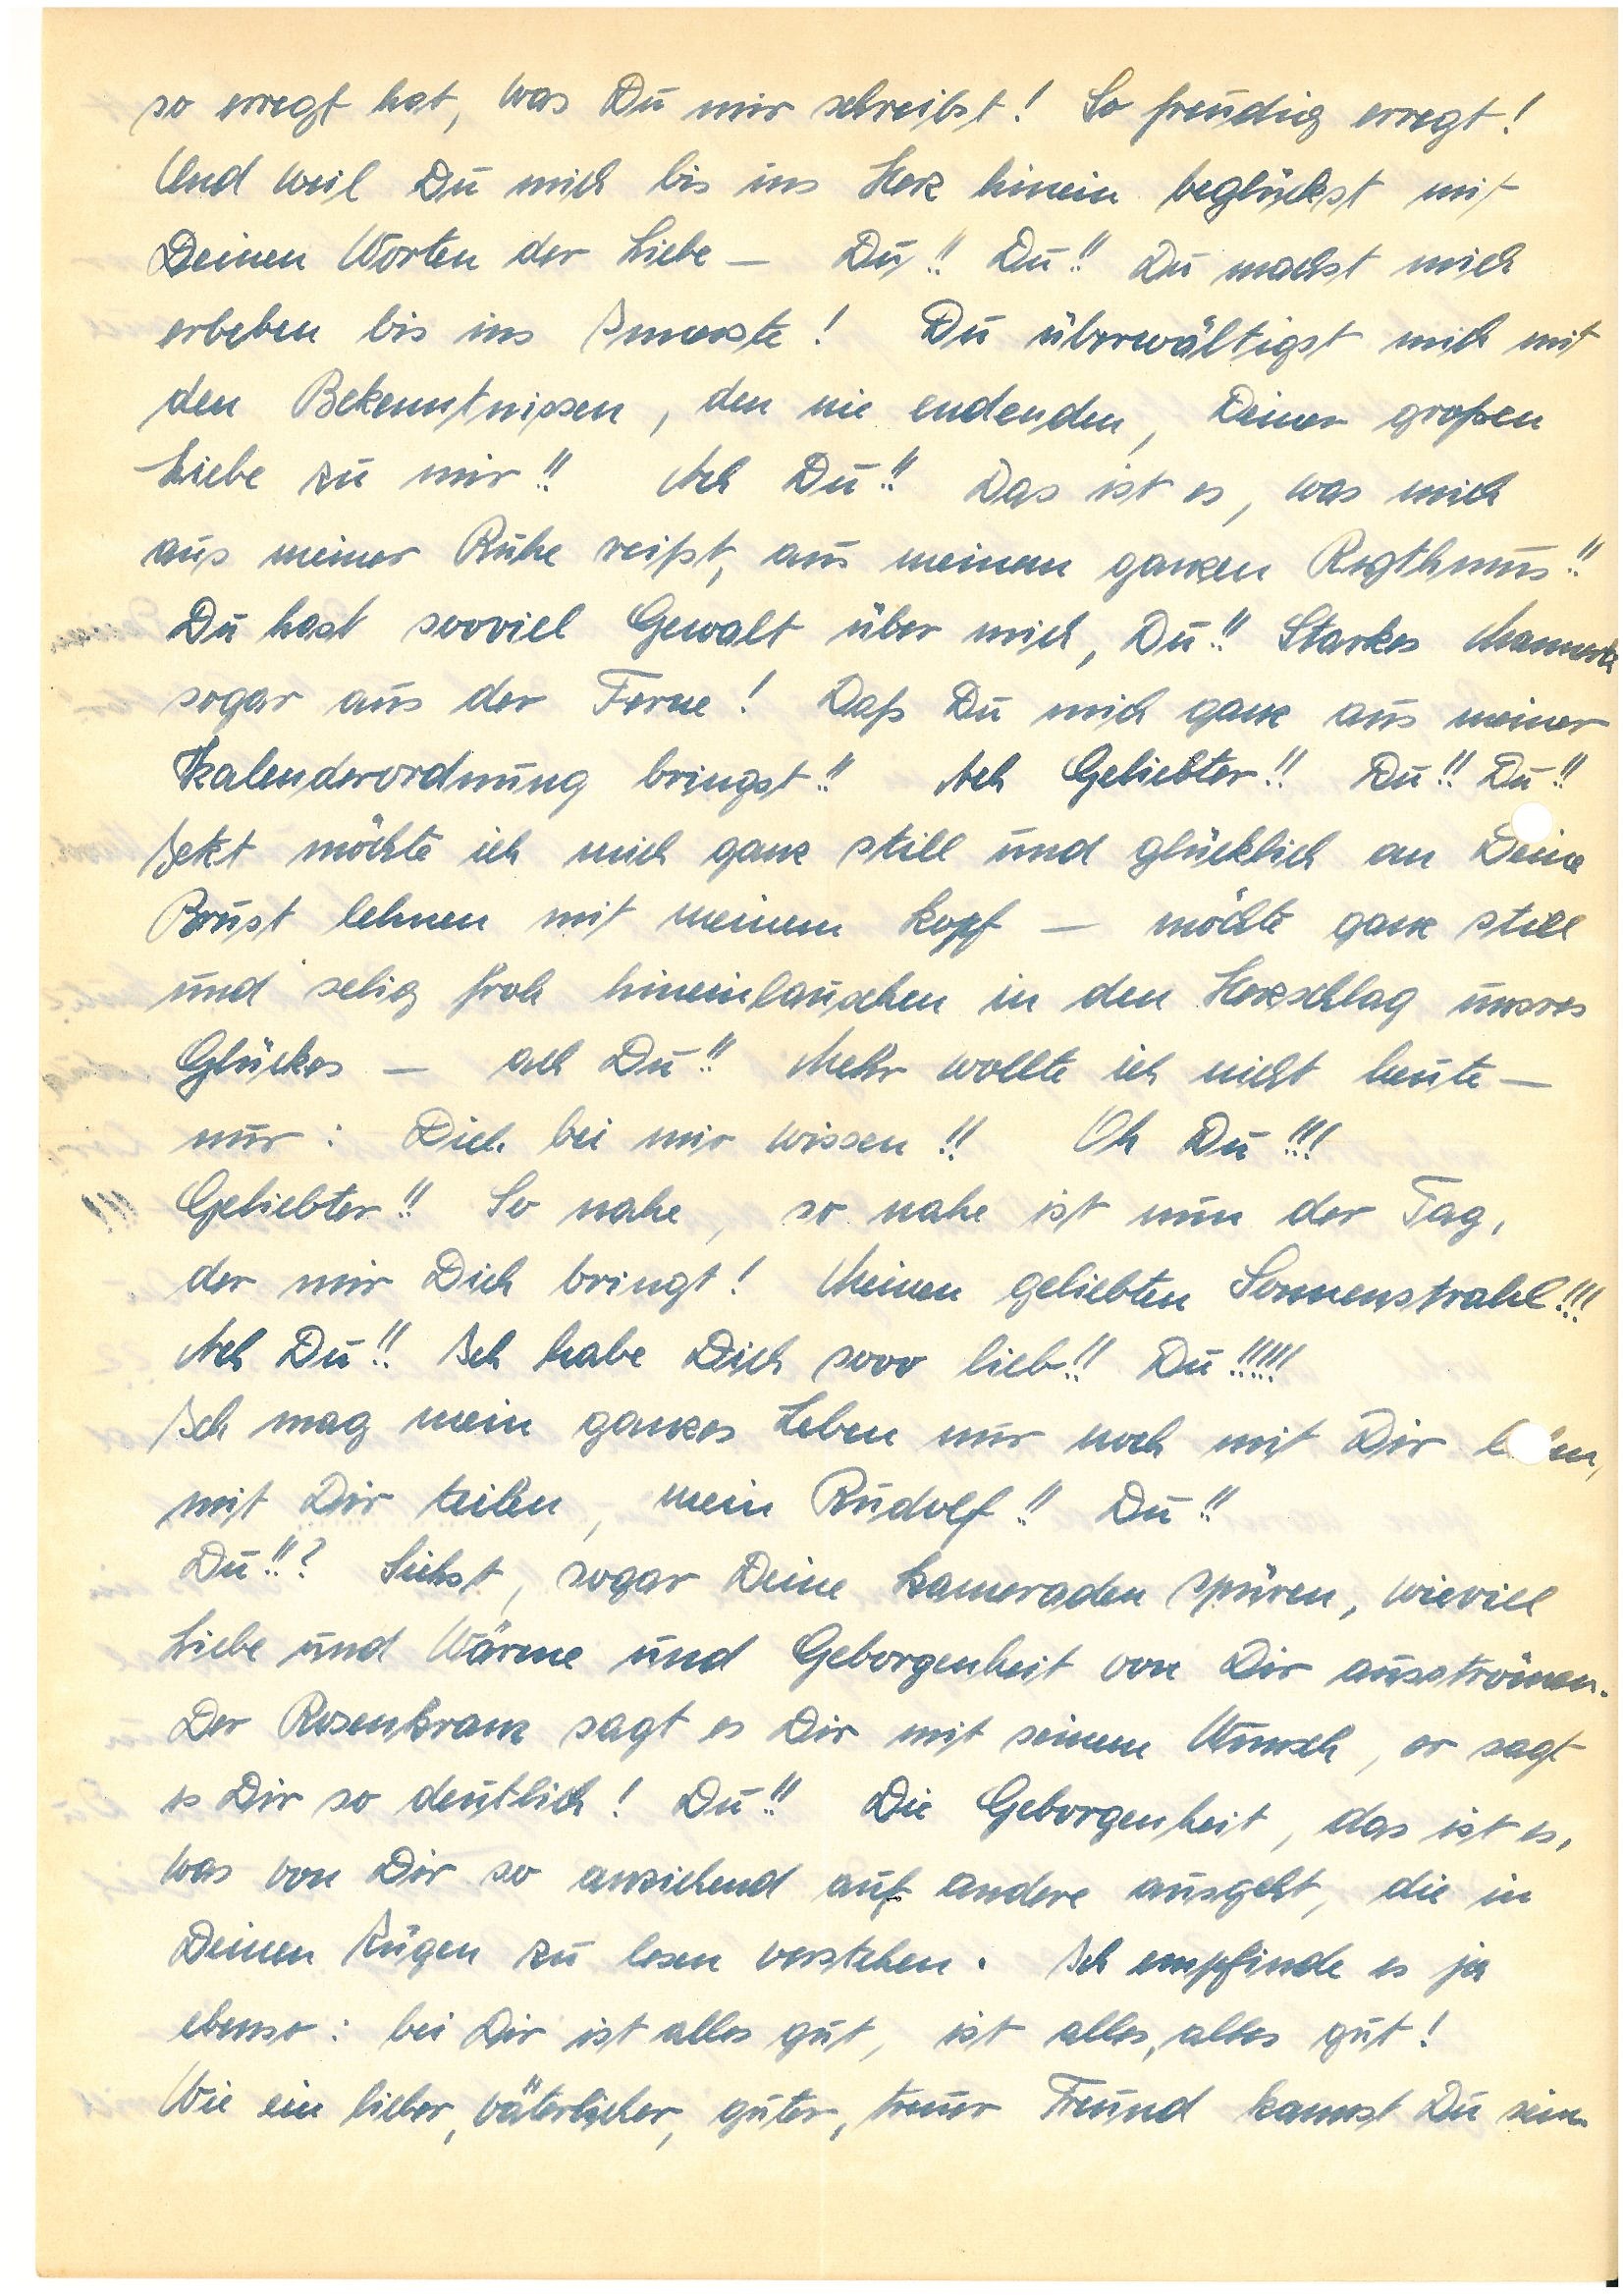
so erregt hat, was Du mir schreibst! So freudig erregt!
Und weil Du mich bis ins Herz hinein beglückst mit
Deinen Worten der Liebe – Du!! Du!! Du machst mich
erbeben bis ins Innerste! Du überwältigst mich mit
den Bekenntnissen, den nie endenden, Deiner großen
Liebe zu mir!! Ach Du!! Das ist es, was mich
aus meiner Ruhe reißt, aus meinem ganzen Rhythmus!!
Du hast sooviel Gewalt über mich, Du!! Starkes Mannerli
sogar aus der Ferne! Daß Du mich ganz aus meiner
Kalenderordnung bringst!! Ach Geliebter!! Du!! Du!!
Jetzt möchte ich mich ganz still und glücklich an Deine
Brust lehnen mit meinem Kopf – möchte ganz still
und selig froh hineinlauschen in den Herzschlag unsres
Glückes – ach Du!! Mehr wollte ich nicht heute –
nur: Dich bei mir wissen!! Oh Du!!!
Geliebter!! So nahe, so nahe ist nun der Tag,
der mir Dich bringt! Meinen geliebten Sonnenstrahl!!!
Ach Du!! Ich habe Dich sooo lieb!! Du!!!!!
Ich mag mein ganzes Leben nur noch mit Dir len,
mit Dir teilen, mein !! Du!!
Du!!? Siehst, sogar Deine Kameraden spüren, wieviel
Liebe und Wärme und Geborgenheit von Dir ausströmen.
Der R. sagt es Dir mit seinem Wunsch, er sagt
es Dir so deutlich! Du!! Die Geborgenheit, das ist es,
was von Dir anziehend auf andere ausgeht, die in
Deinen Zügen zu lesen verstehen. Ich empfinde es ja
ebenso: bei Dir ist alles gut, ist alles alles gut!
Wie ein lieber, väterlicher, guter, treuer Freund kannst Du sein.